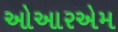
ઓઆરએમ